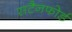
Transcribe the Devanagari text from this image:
सटैनफोर्ड